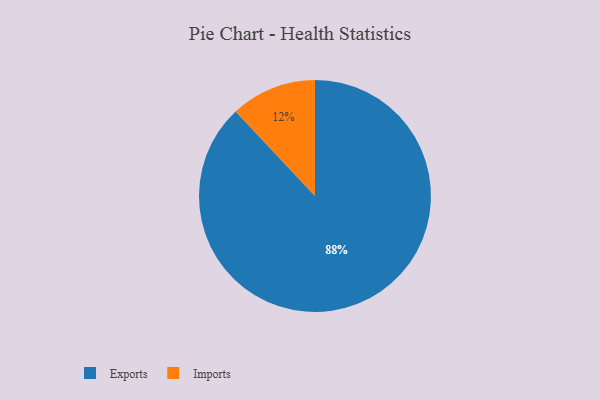
{"axis": {"x": "Category", "y": "Percentage"}, "legend": ["Exports", "Imports"], "data": [{"x": "Exports", "y": 88, "type": "Exports"}, {"x": "Imports", "y": 12, "type": "Imports"}]}